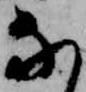
な